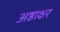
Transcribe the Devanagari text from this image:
अष्ठाक्षर